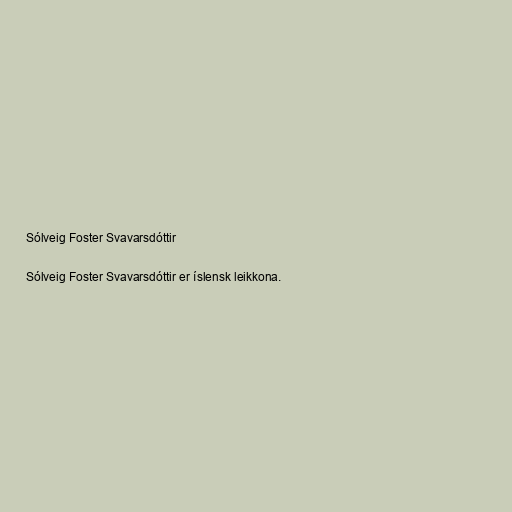
Sólveig Foster Svavarsdóttir

Sólveig Foster Svavarsdóttir er íslensk leikkona.